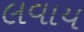
લવાય